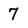
Character: 7